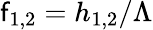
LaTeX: \mathsf{f}_{1,2}=h_{1,2}/\Lambda